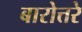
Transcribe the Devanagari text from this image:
बारोत्तरे